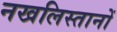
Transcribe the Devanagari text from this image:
नखलिस्तानों